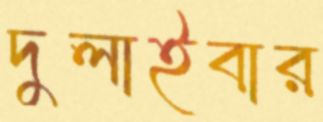
দুলাইবার